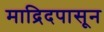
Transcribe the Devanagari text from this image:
माद्रिदपासून